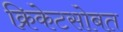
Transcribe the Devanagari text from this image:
क्रिकेटसोबत